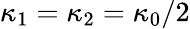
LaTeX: \kappa_{1}=\kappa_{2}=\kappa_{0}/2